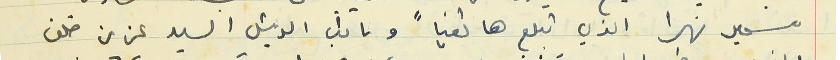
سمير نهرا الذي تبلع هاتفياً ونائب الرئيس السيد عزيز خلف